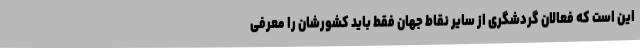
این است که فعالان گردشگری از سایر نقاط جهان فقط باید کشورشان را معرفی